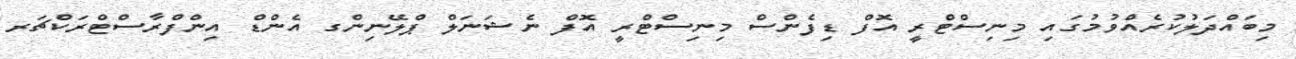
މިބައްދަލުކުރެއްވުމުގައި މިނިސްޓްރީ އޮފް ޑިފެންސް މިނިސްޓްރީ އޮފް ނެޝަނަލް ޕްލޭނިންގ އެންޑް އިންފްރާސްޓްރަކްޗަރ